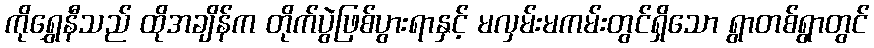
ကိုရွှေနီသည် ထိုအချိန်က တိုက်ပွဲဖြစ်ပွားရာနှင့် မလှမ်းမကမ်းတွင်ရှိသော ရွာတစ်ရွာတွင်